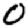
Digit: 0